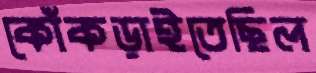
কোঁকড়াইতেছিল